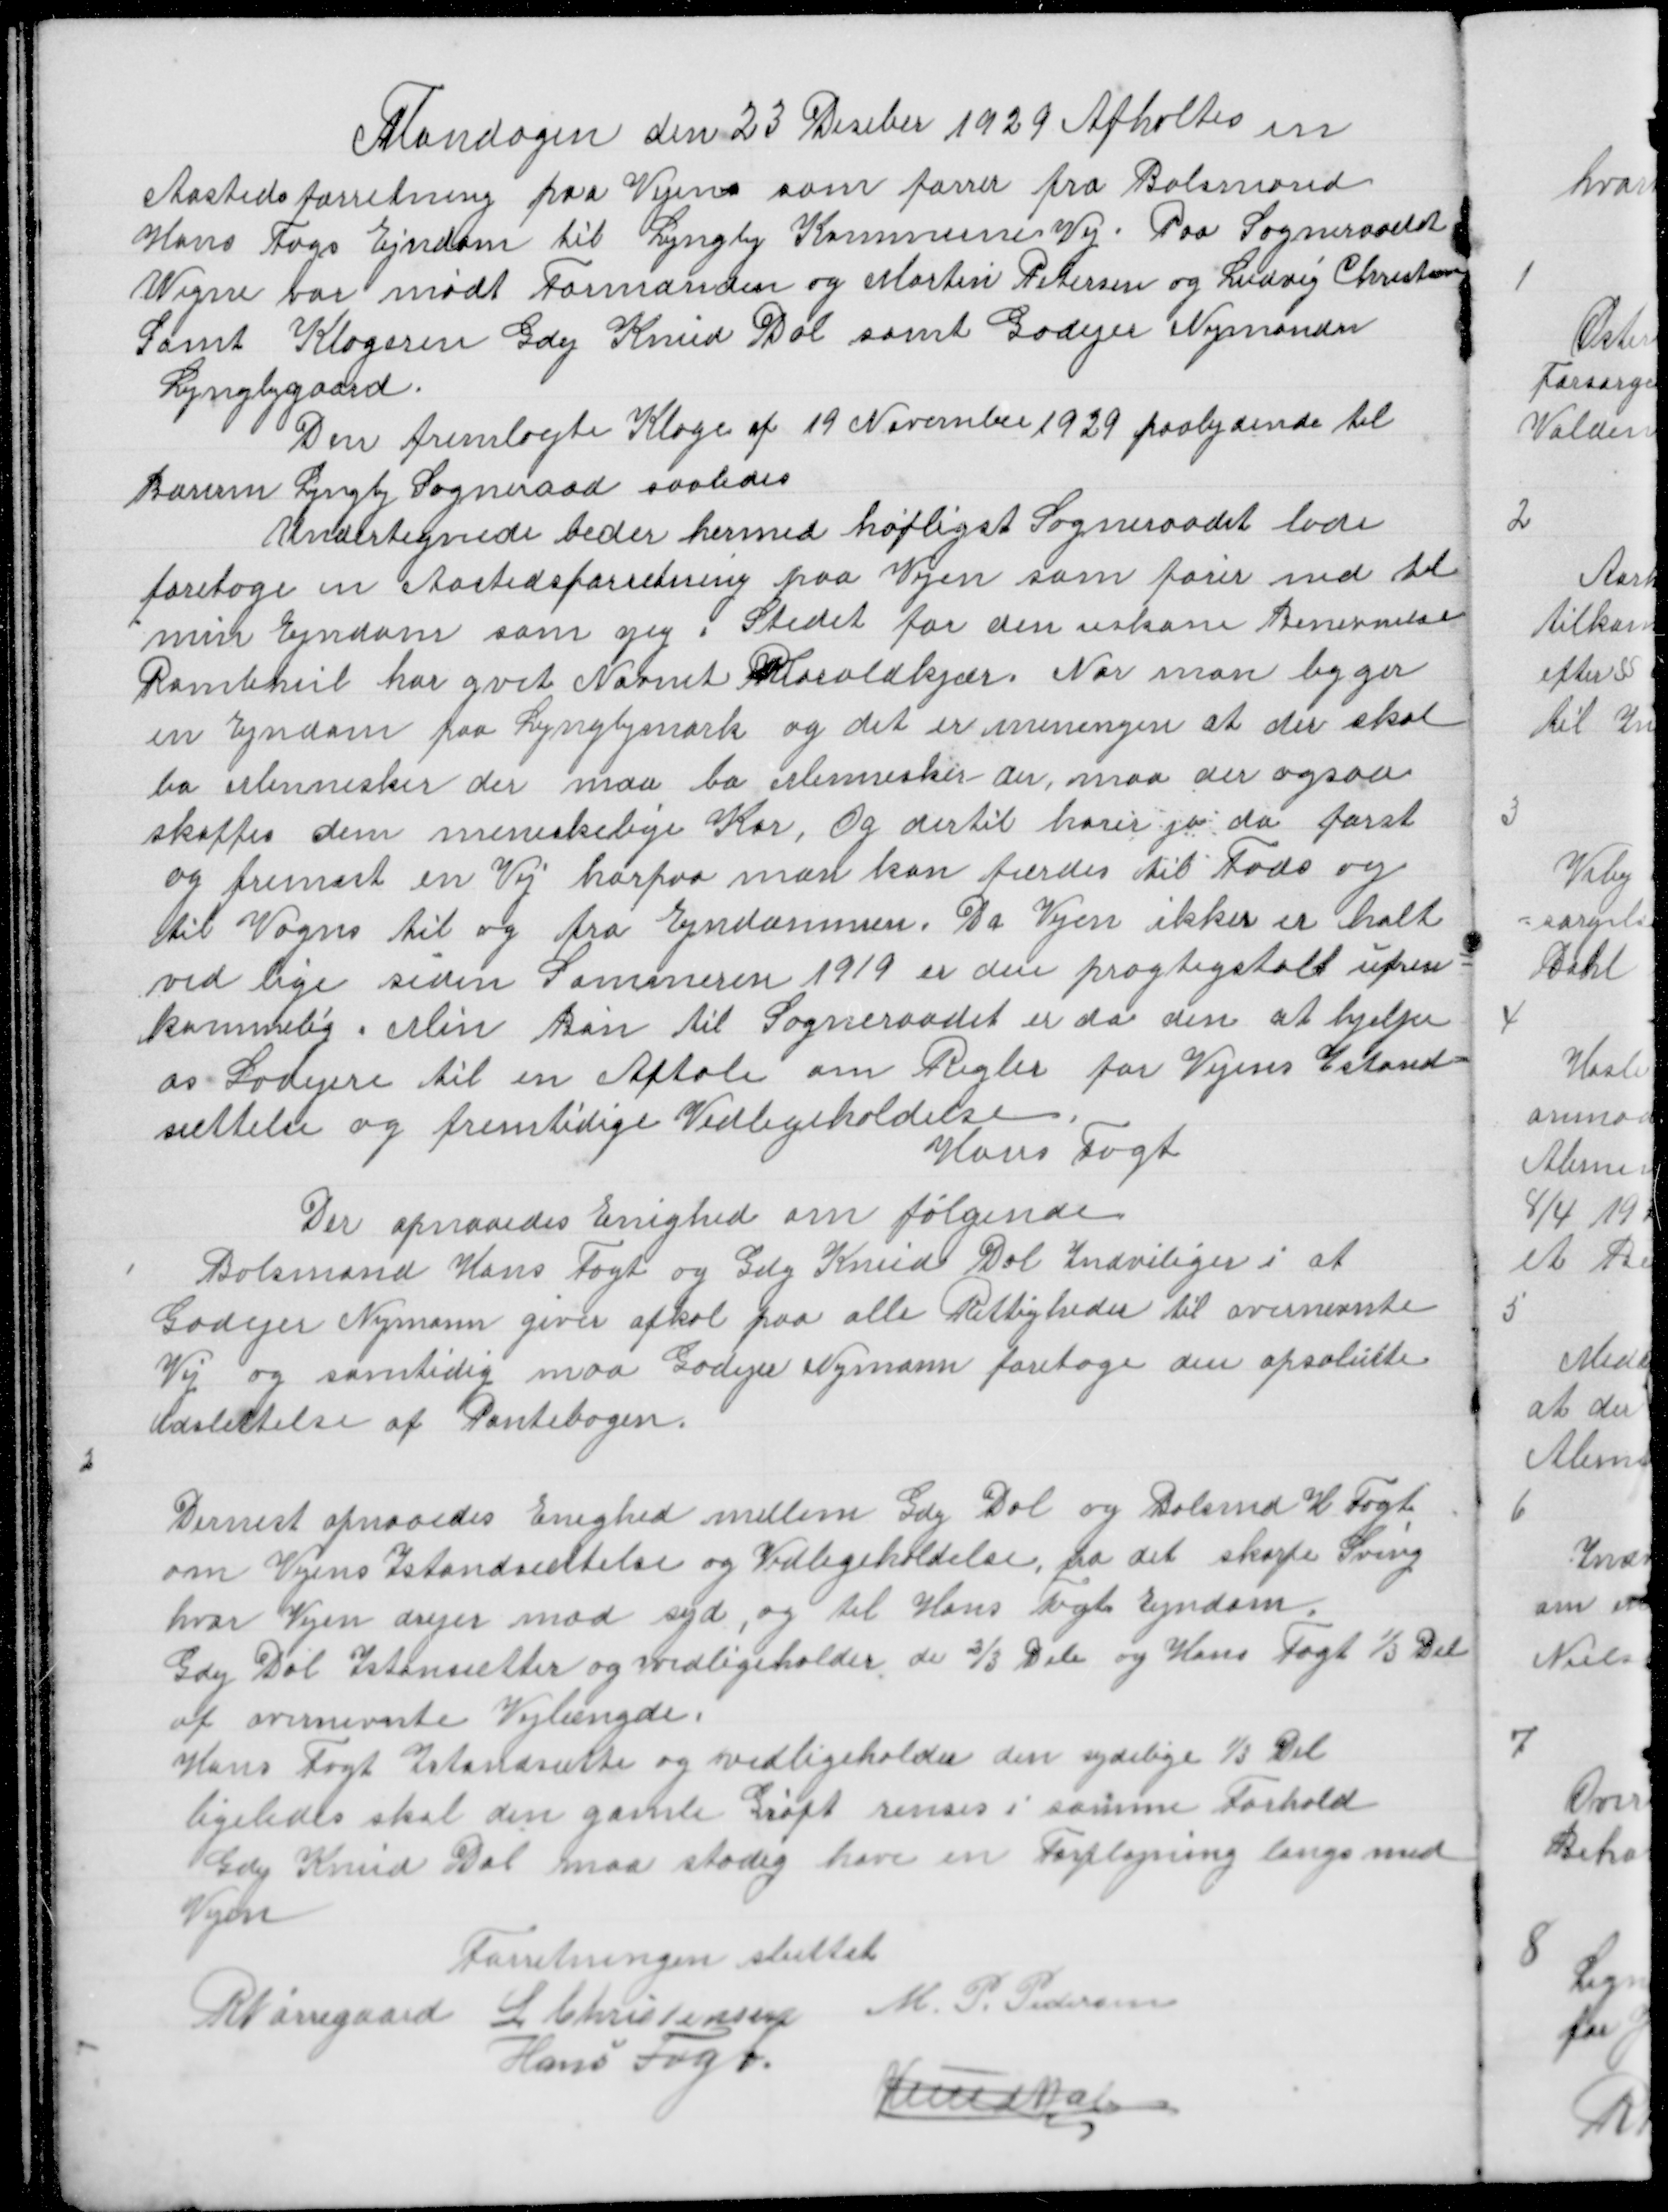
Transskription:
Mandagen den 23 Deseber 1929 Afholtes en
Aastedsforretning paa Vejn som førrer fra Bolsmand
Hans Fogs Ejndom til Lyngby Kommune Vej. Paa Sogneraadet
Vegne var mødt Formanden og Martin Petersen og Ludvig Christensen
Samt Klageren Gdej Knud Dal samt Godejer Nymann
Lyngbygaard.
Den fremlagte Klage af 19 November 1929 paalydende til
Borum Lyngby Sogneraad saaledes
Undertegnede beder hermed høfligst Sogneraadet lade
foretage en Aastedsforretning paa Vejen som fører ned til
min Ejndom som jeg i Stedet for den uskøne Benevnelse
Ramlehul har givet Navnet Haraldkjær. Naar man byger
en Ejndom paa Lyngbymark og det er meningen at der skal
bo Mennesker der maa bo Mennesker der, maa der ogsaa
skaffes dem meneskelige Kor, Og dertil hører jo da først
og fremest en Vej horpaa man kan færdes til Fods og
til Vogns til og fra Ejndommen. Da vejen ikke er holt
ved lige siden Sommeren 1919 er den pragtisgtalt ufrem =
kommelig. Min Bøn til Sogneraadet er da den at hjelpe
os Lodejere til en Aftale om Regler for Vejens Istand =
sættelse og fremtidige Vedligeholdelse
Hans Fogt

Der opnaaedes Enighed om følgende
1
Bolsmand Hans Fogt og Gdej Knud Dal Indviliger i at
Godejer Nymann giver afkal paa alle Rettigheder til ovennævnte
Vej og samtidig maa Godejer Nymann foretage den apsolutte
Udslettelse af Pantebogen
2

Dernest opnaaedes Enighed mellem Gdej Dal og Bolsmd H Fogt
om Vejens Istandsættelse og Vedligeholdelse, fra det skarpe Sving
hvor Vejen drejer mod syd, og til Hans Fogts Ejndom
Gdej Dal Istandsætter og vedligeholder de 2/3 Dele og hans Fogt 1/3 Del
af ovennevnte Vejlængde.
Hans Fogt Istandsætter og vedligeholder den sydlige 1/3 Del
ligeledes skal den gamle Grøft renses i samme Forhold
Gdej Knud Dal maa stadig have en Forpløjning langs med
Vejen
Forretningen sluttet
R Nørregaard L Christensen M. P. Pedersen
Hans Fogt
Knud Dal